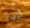
أرك